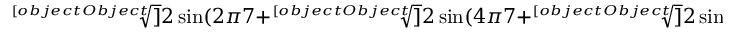
{ \sqrt [ [object Object] ] { 2 \sin ( { 2 \pi } { 7 } } } + { \sqrt [ [object Object] ] { 2 \sin ( { 4 \pi } { 7 } } } + { \sqrt [ [object Object] ] { 2 \sin ( { 8 \pi } { 7 } } } = \left( - { \sqrt [ [object Object] ] { 7 } } \right) { \sqrt [ [object Object] ] { - { \sqrt [ [object Object] ] { 7 } } + 6 + 3 \left( { \sqrt [ [object Object] ] { 5 - 3 { \sqrt [ [object Object] ] { 7 } } } } + { \sqrt [ [object Object] ] { 4 - 3 { \sqrt [ [object Object] ] { 7 } } } } \right) } }